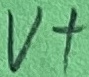
Text: V+